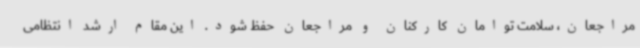
مراجعان، سلامت توامان کارکنان و مراجعان حفظ شود. این مقام ارشد انتظامی